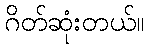
ဂိတ်ဆုံးတယ်။